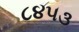
૮૪૫૩